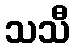
သသီ